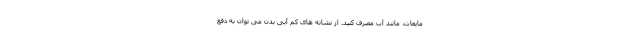
مایعات، مانند آب مصرف کنید. از نشانه های کم آبی بدن می توان به دفع